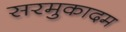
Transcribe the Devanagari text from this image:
सरमुकादम